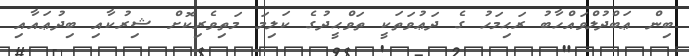
ބިން ޢަބްދުލްވައްހާބު ރަޙިމަހު ގެ ދަޢުވަތަކީ ތަވްޙީދުގެ ކަލިމަ މަތިވެރިކޮށް ޝިރުކާއި ބިދުޢައާއި